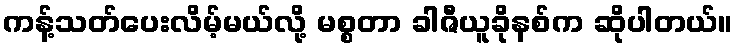
ကန့်သတ်ပေးလိမ့်မယ်လို့ မစ္စတာ ခါဇီယူခိုနစ်က ဆိုပါတယ်။